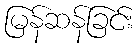
မြန်ဆန်ခြင်း